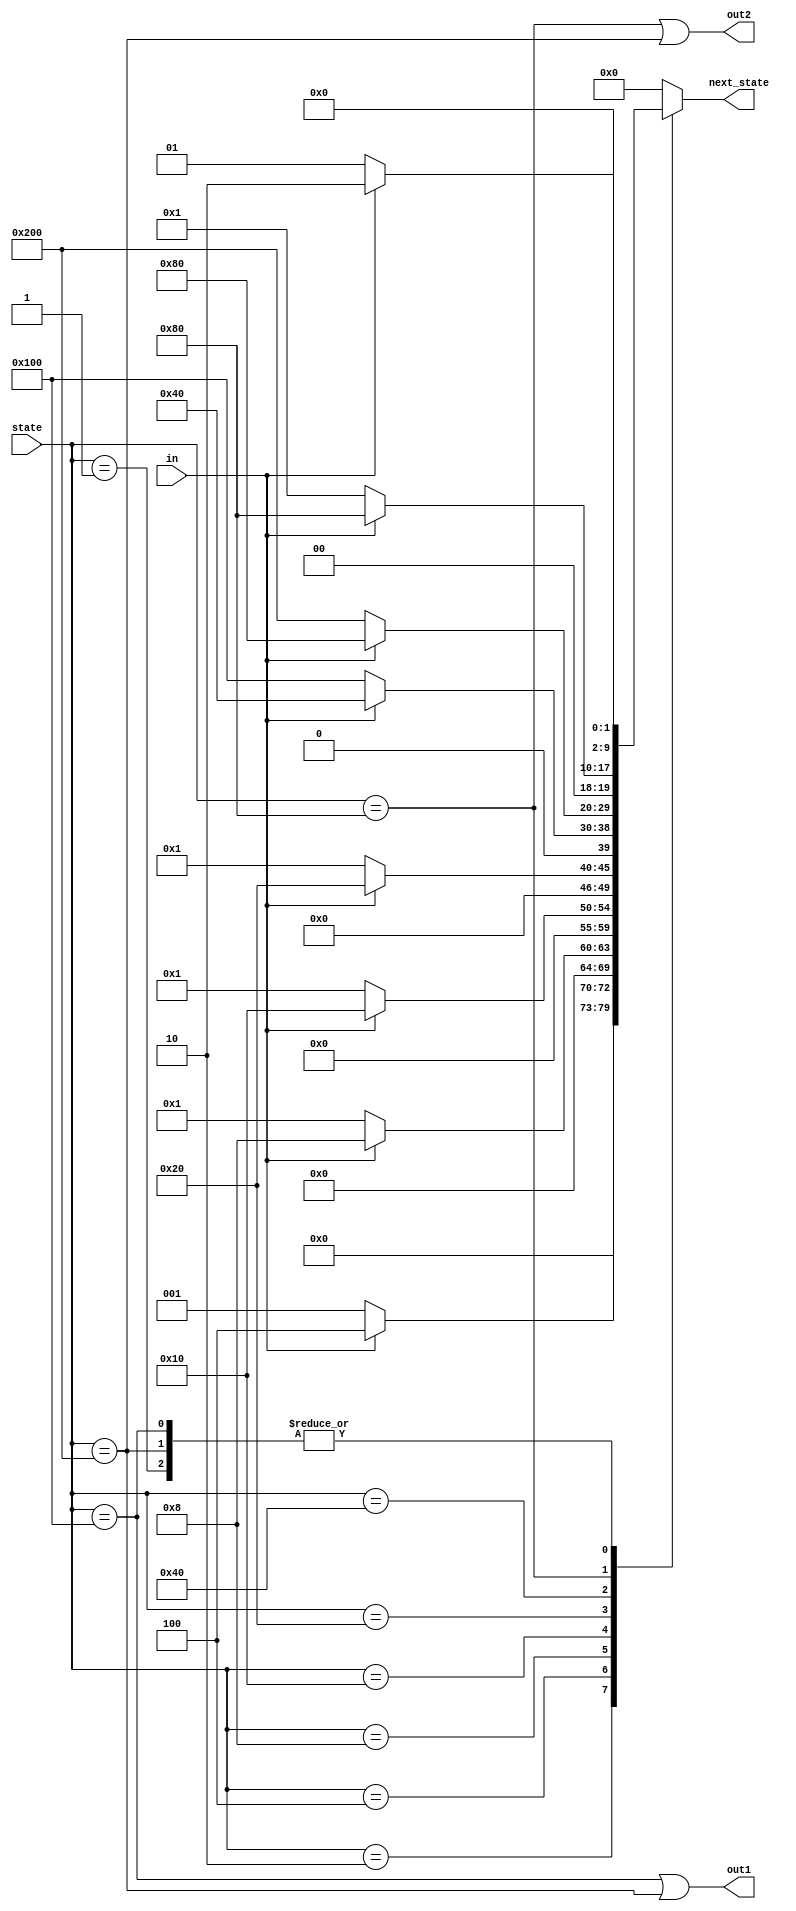
module top_module(
    input in,
    input [9:0] state,
    output [9:0] next_state,
    output out1,
    output out2);

    parameter S0 = 10'b0000000001;  // state 0
    parameter S1 = 10'b0000000010;  // state 1
    parameter S2 = 10'b0000000100;  //...
    parameter S3 = 10'b0000001000;
    parameter S4 = 10'b0000010000;
    parameter S5 = 10'b0000100000;
    parameter S6 = 10'b0001000000;
    parameter S7 = 10'b0010000000;  // ...
    parameter S8 = 10'b0100000000;  // state 8
    parameter S9 = 10'b1000000000; // state 9
    
    always @(*) begin
        
        case (state)
            S0: next_state = in ? S1 : S0;
            S1: next_state = in ? S2 : S0;
            S2: next_state = in ? S3 : S0;
            S3: next_state = in ? S4 : S0;
            S4: next_state = in ? S5 : S0;
            S5: next_state = in ? S6 : S8;
            S6: next_state = in ? S7 : S9;
            S7: next_state = in ? S7 : S0;
            S8: next_state = in ? S1 : S0;
            S9: next_state = in ? S1 : S0; 
        	default: next_state = 10'b0; // 其餘state的情況，給0
        endcase
        
    end
    
    assign out1 = (state == S8)|(state == S9);
    assign out2 = (state == S7)|(state == S9);
    
endmodule